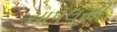
ચાપલૂસી